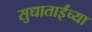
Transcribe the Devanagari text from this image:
सुधाताईंच्या